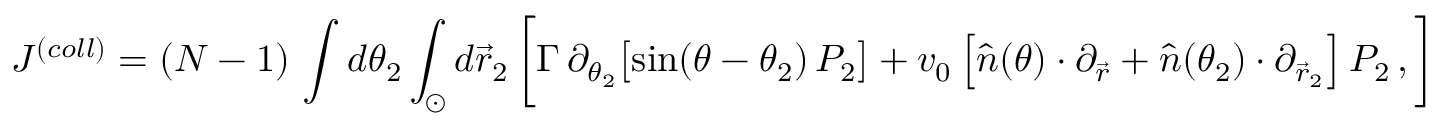
J ^ { ( c o l l ) } = ( N - 1 ) \, \int d \theta _ { 2 } \int _ { \odot } d \vec { r } _ { 2 } \, \bigg [ \Gamma \, \partial _ { \theta _ { 2 } } \big [ \mathrm { s i n } ( \theta - \theta _ { 2 } ) \, P _ { 2 } \big ] + v _ { 0 } \left[ \hat { n } ( \theta ) \cdot \partial _ { \vec { r } } + \hat { n } ( \theta _ { 2 } ) \cdot \partial _ { \vec { r } _ { 2 } } \right] P _ { 2 } \, , \bigg ]